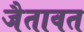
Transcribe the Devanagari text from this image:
जैतावत